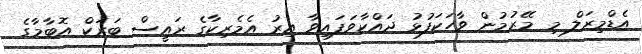
އެޑްމިރަލް މި މޭރުމުން ވާހަކަފުޅު ދައްކާވަފައިވާ އިރު އެމެރިކާގެ ރައީސް ބަރަކް އޮބާމާގެ